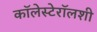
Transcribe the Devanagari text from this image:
कॉलेस्टेरॉलशी